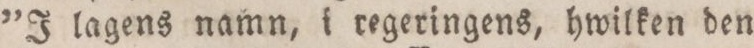
”I lagens namn, i regeringens, hwilken den